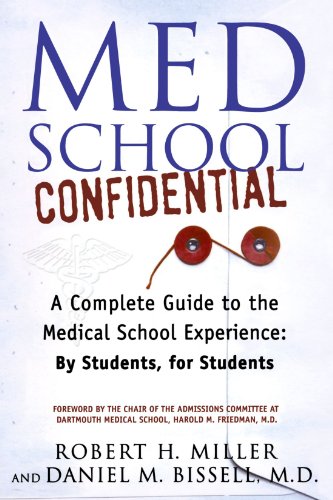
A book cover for Med School Confidential: A Complete Guide to the Medical School Experience: By Students, for Students; Robert H. Miller; Education & Teaching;